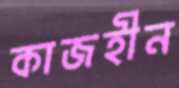
কাজহীন